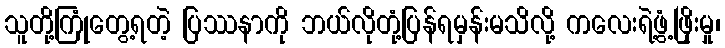
သူတို့ကြုံတွေ့ရတဲ့ ပြဿနာကို ဘယ်လိုတုံ့ပြန်ရမှန်းမသိလို့ ကလေးရဲ့ဖွံ့ဖြိုးမှု၊